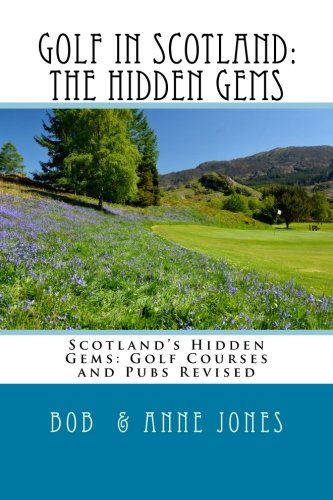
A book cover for GOLF IN SCOTLAND: The Hidden Gems: Scotland's Hidden Gems: Golf Courses and Pubs Revised; Bob Jones; Travel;